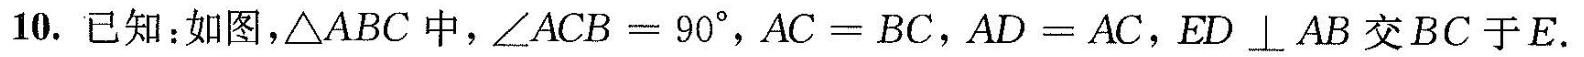
10.已知：如图，△ABC中，$$∠ A C B = 9 0 °$$，$$A C = B C$$，$$A D = A C$$，ED⊥AB交BC于E。